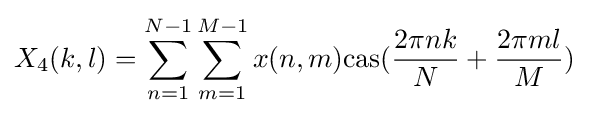
X_{4}(k,l)=\sum _{n=1}^{N-1}\sum _{m=1}^{M-1}x(n,m){\rm {cas}}({\frac {2\pi nk}{N}}+{\frac {2\pi ml}{M}})